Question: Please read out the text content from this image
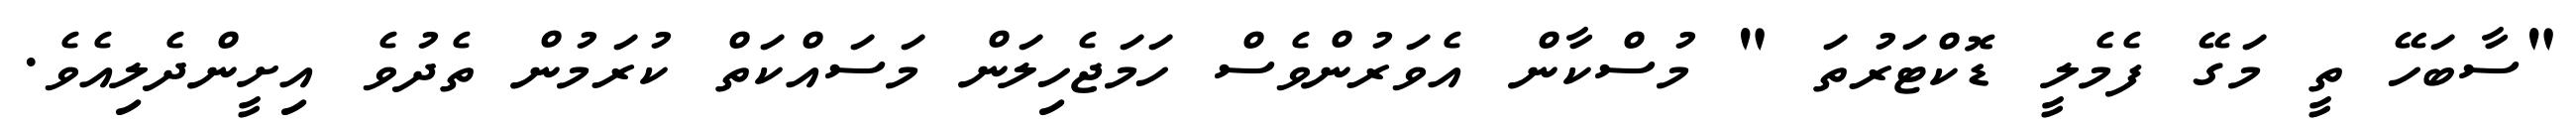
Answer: "ސާބަހޭ ތީ މަގޭ ފެމެލީ ޑޮކްޓަރުތަ " މުސްކާން އެވަރުންވެސް ހަމަޖެހިލަން މަސައްކަތް ކުރަމުން ތެދުވެ އިށީންދެލިއެވެ.